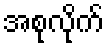
အစုလိုက်